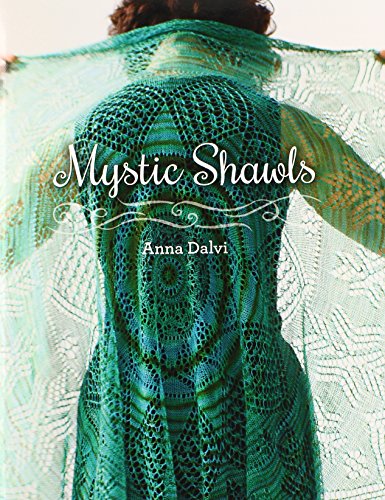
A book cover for Mystic Shawls; Anna Dalvi; Crafts, Hobbies & Home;